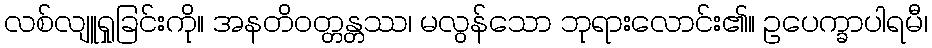
လစ်လျူရှုခြင်းကို။ အနတိဝတ္တန္တဿ၊ မလွန်သော ဘုရားလောင်း၏။ ဥပေက္ခာပါရမီ၊